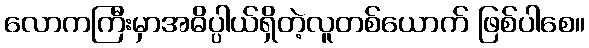
လောကကြီးမှာအဓိပ္ပါယ်ရှိတဲ့လူတစ်ယောက် ဖြစ်ပါစေ။